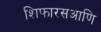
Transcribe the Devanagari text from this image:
शिफारसआणि